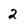
Character: 2